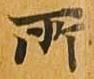
所